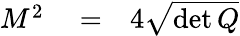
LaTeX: \begin{array}{rlr}{M^{2}}&{{}=}&{4\sqrt{\operatorname*{det}Q}}\end{array}